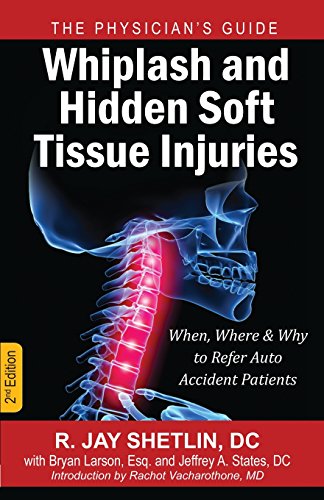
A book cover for Whiplash and Hidden Soft Tissue Injuries: When, Where and Why to Refer Auto Accident Patients; Dr. R. Jay Shetlin; Law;